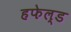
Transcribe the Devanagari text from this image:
हफेल्ड